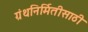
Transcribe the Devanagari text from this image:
ग्रंथनिर्मितीसाठी